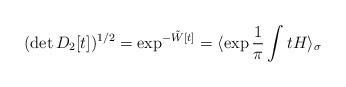
LaTeX: \begin{align*}(\det D_2[t])^{1/2} = \exp^{-\tilde W[t]} =\langle \exp \frac{1}{\pi }\int t H \rangle_\sigma\end{align*}